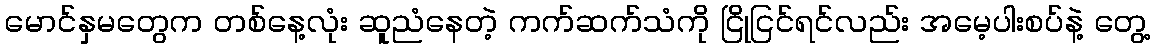
မောင်နှမတွေက တစ်နေ့လုံး ဆူညံနေတဲ့ ကက်ဆက်သံကို ငြိုငြင်ရင်လည်း အမေ့ပါးစပ်နဲ့ တွေ့